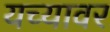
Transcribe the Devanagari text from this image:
यच्यावर